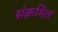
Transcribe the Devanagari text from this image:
संक्रमित